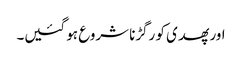
اور پھدی کو رگڑنا شروع ہو گئیں۔